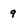
Character: 9